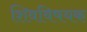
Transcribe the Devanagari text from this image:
शिवविषयक